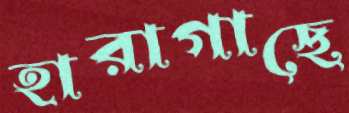
হারাগাছে